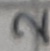
Text: 2